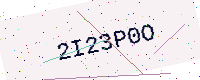
Text: 2I23P0O